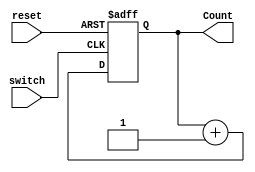

module counterup (switch,reset, Count);
  input switch,reset;
  output [7:0] Count;
  reg [7:0] Count;
  assign count = 0;
  always @(posedge(switch) or posedge (reset))
  begin
    if (reset==1)
      Count <= 0;
	else
		begin
      
			Count <= Count+1;
      
		end

	end
endmodule